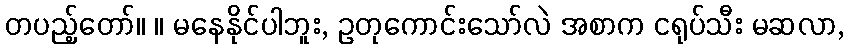
တပည့်တော်။ ။ မနေနိုင်ပါဘူး, ဥတုကောင်းသော်လဲ အစာက ငရုပ်သီး မဆလာ,